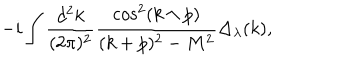
LaTeX: - i \int \frac { d ^ { 2 } k } { ( 2 \pi ) ^ { 2 } } \frac { \cos ^ { 2 } ( k \wedge p ) } { ( k + p ) ^ { 2 } - M ^ { 2 } } \Delta _ { \lambda } ( k ) ,